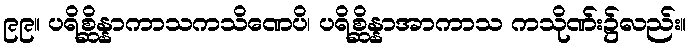
၉၉။ ပရိစ္ဆိန္နာကာသကသိဏေပိ၊ ပရိစ္ဆိန္နာအာကာသ ကသိုဏ်း၌လည်း။